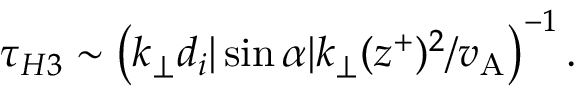
\tau _ { H 3 } \sim \left( k _ { \perp } d _ { i } | \sin \alpha | k _ { \perp } ( z ^ { + } ) ^ { 2 } / { v _ { \mathrm { A } } } \right) ^ { - 1 } .